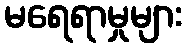
မရေရာမှုများ